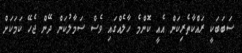
ސަބަބަކީ ރައްކާތެރިކަން އެއީ ކޮންމެ ހާލެއްގައި ވެސް ސަމާލުކަން ދޭން ޖެހޭ ކަމަކަށް